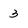
Character: 3